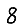
Digit: 8